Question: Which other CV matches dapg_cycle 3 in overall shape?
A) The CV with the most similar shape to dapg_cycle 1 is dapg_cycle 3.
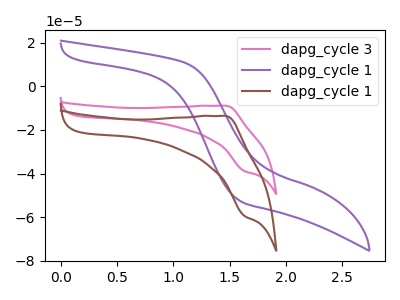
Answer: <think>The pink curve "dapg_cycle 3" has an anodic peak at (1.45V, -8.85uA) and a cathodic peak at (1.65V, -38.90uA). The purple curve "dapg_cycle 1" has no peaks. The brown curve "dapg_cycle 1" has an anodic peak at (1.45V, -13.55uA) and a cathodic peak at (1.65V, -59.50uA).
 "dapg_cycle 3" and "dapg_cycle 1" have a different number of peaks. All the peaks in "dapg_cycle 3" have a peak in "dapg_cycle 1" at the same potential. "dapg_cycle 1" and "dapg_cycle 1" have a different number of peaks.</think>
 <answer>A) The CV with the most similar shape to "dapg_cycle 1" is "dapg_cycle 3".</answer>
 <eval>A</eval>